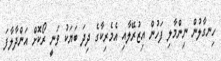
ހިނގާލުން ނިންމާލި ފަހުން އިޒުރޭލާއި އެމެރިކާގެ ދިދަ ބަޔަކު ވަނީ ރޯކޮށް އަންދާލާފަ